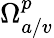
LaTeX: \Omega_{a/v}^{p}